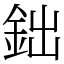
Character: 鈯